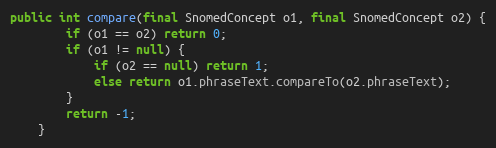
Language: Java
public int compare(final SnomedConcept o1, final SnomedConcept o2) {
        if (o1 == o2) return 0;
        if (o1 != null) {
            if (o2 == null) return 1;
            else return o1.phraseText.compareTo(o2.phraseText);
        }
        return -1;
    }